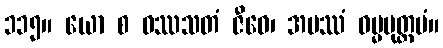
၁၁၅။ ယော စ ဝဿသတံ ဇီဝေ၊ အပဿံ ဓမ္မမုတ္တမံ။